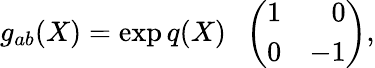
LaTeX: g_{ab}(X)=\exp{q(X)}\; \; \left(\begin{array}{cr}{{1}}&{{0}}\\ {{0}}&{{-1}}\end{array}\right),